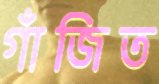
গাঁজিত